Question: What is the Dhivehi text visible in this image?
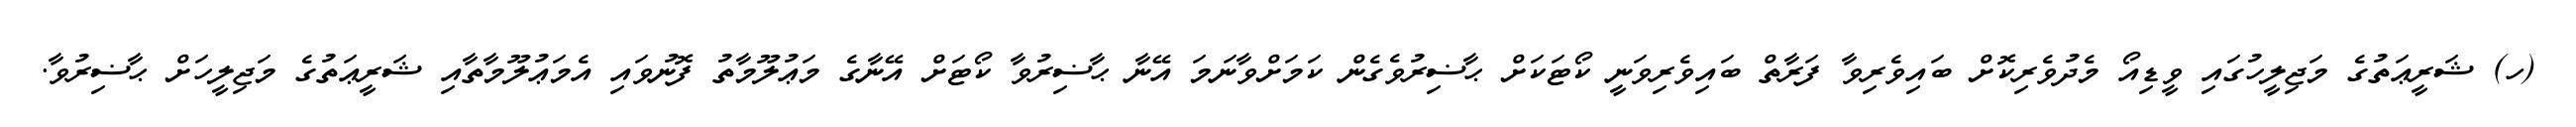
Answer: (ހ) ޝަރީޢަތުގެ މަޖިލީހުގައި ވީޑިއޯ މެދުވެރިކޮށް ބައިވެރިވާ ފަރާތް ބައިވެރިވަނީ ކޯޓަކަށް ޙާޟިރުވެގެން ކަމަށްވާނަމަ އޭނާ ޙާޟިރުވާ ކޯޓަށް އޭނާގެ މަޢުލޫމާތު ފޮނުވައި އެމަޢުލޫމާތާއި ޝަރީޢަތުގެ މަޖިލީހަށް ޙާޟިރުވާ.